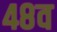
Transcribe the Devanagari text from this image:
४८व